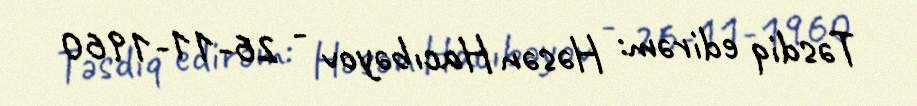
Təsdiq edirəm: Həsən Hacıbəyov - 26-11-1960